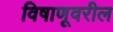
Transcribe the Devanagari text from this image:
विषाणूवरील